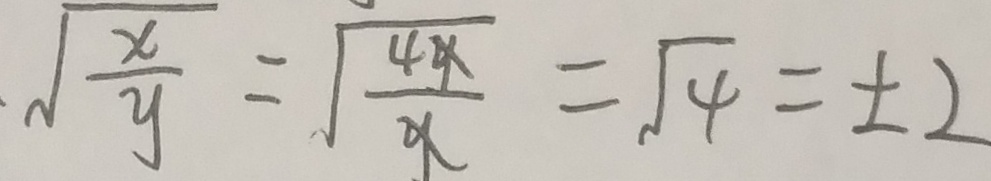
\sqrt { \frac { x } { y } } = \sqrt { \frac { 4 y } { y } } = \sqrt { 4 } = \pm 2